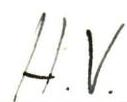
H.V.